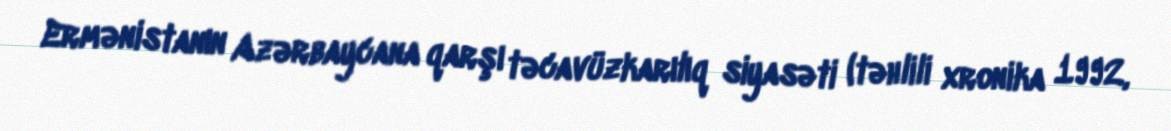
Ermənistanın Azərbaycana qarşı təcavüzkarılıq siyasəti (təhlili xronika 1992,